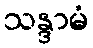
သန္ဒာမံ